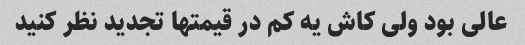
عالی بود ولی کاش یه کم در قیمتها تجدید نظر کنید